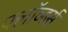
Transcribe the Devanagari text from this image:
फ्लॉव्हर्स